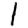
Digit: 1